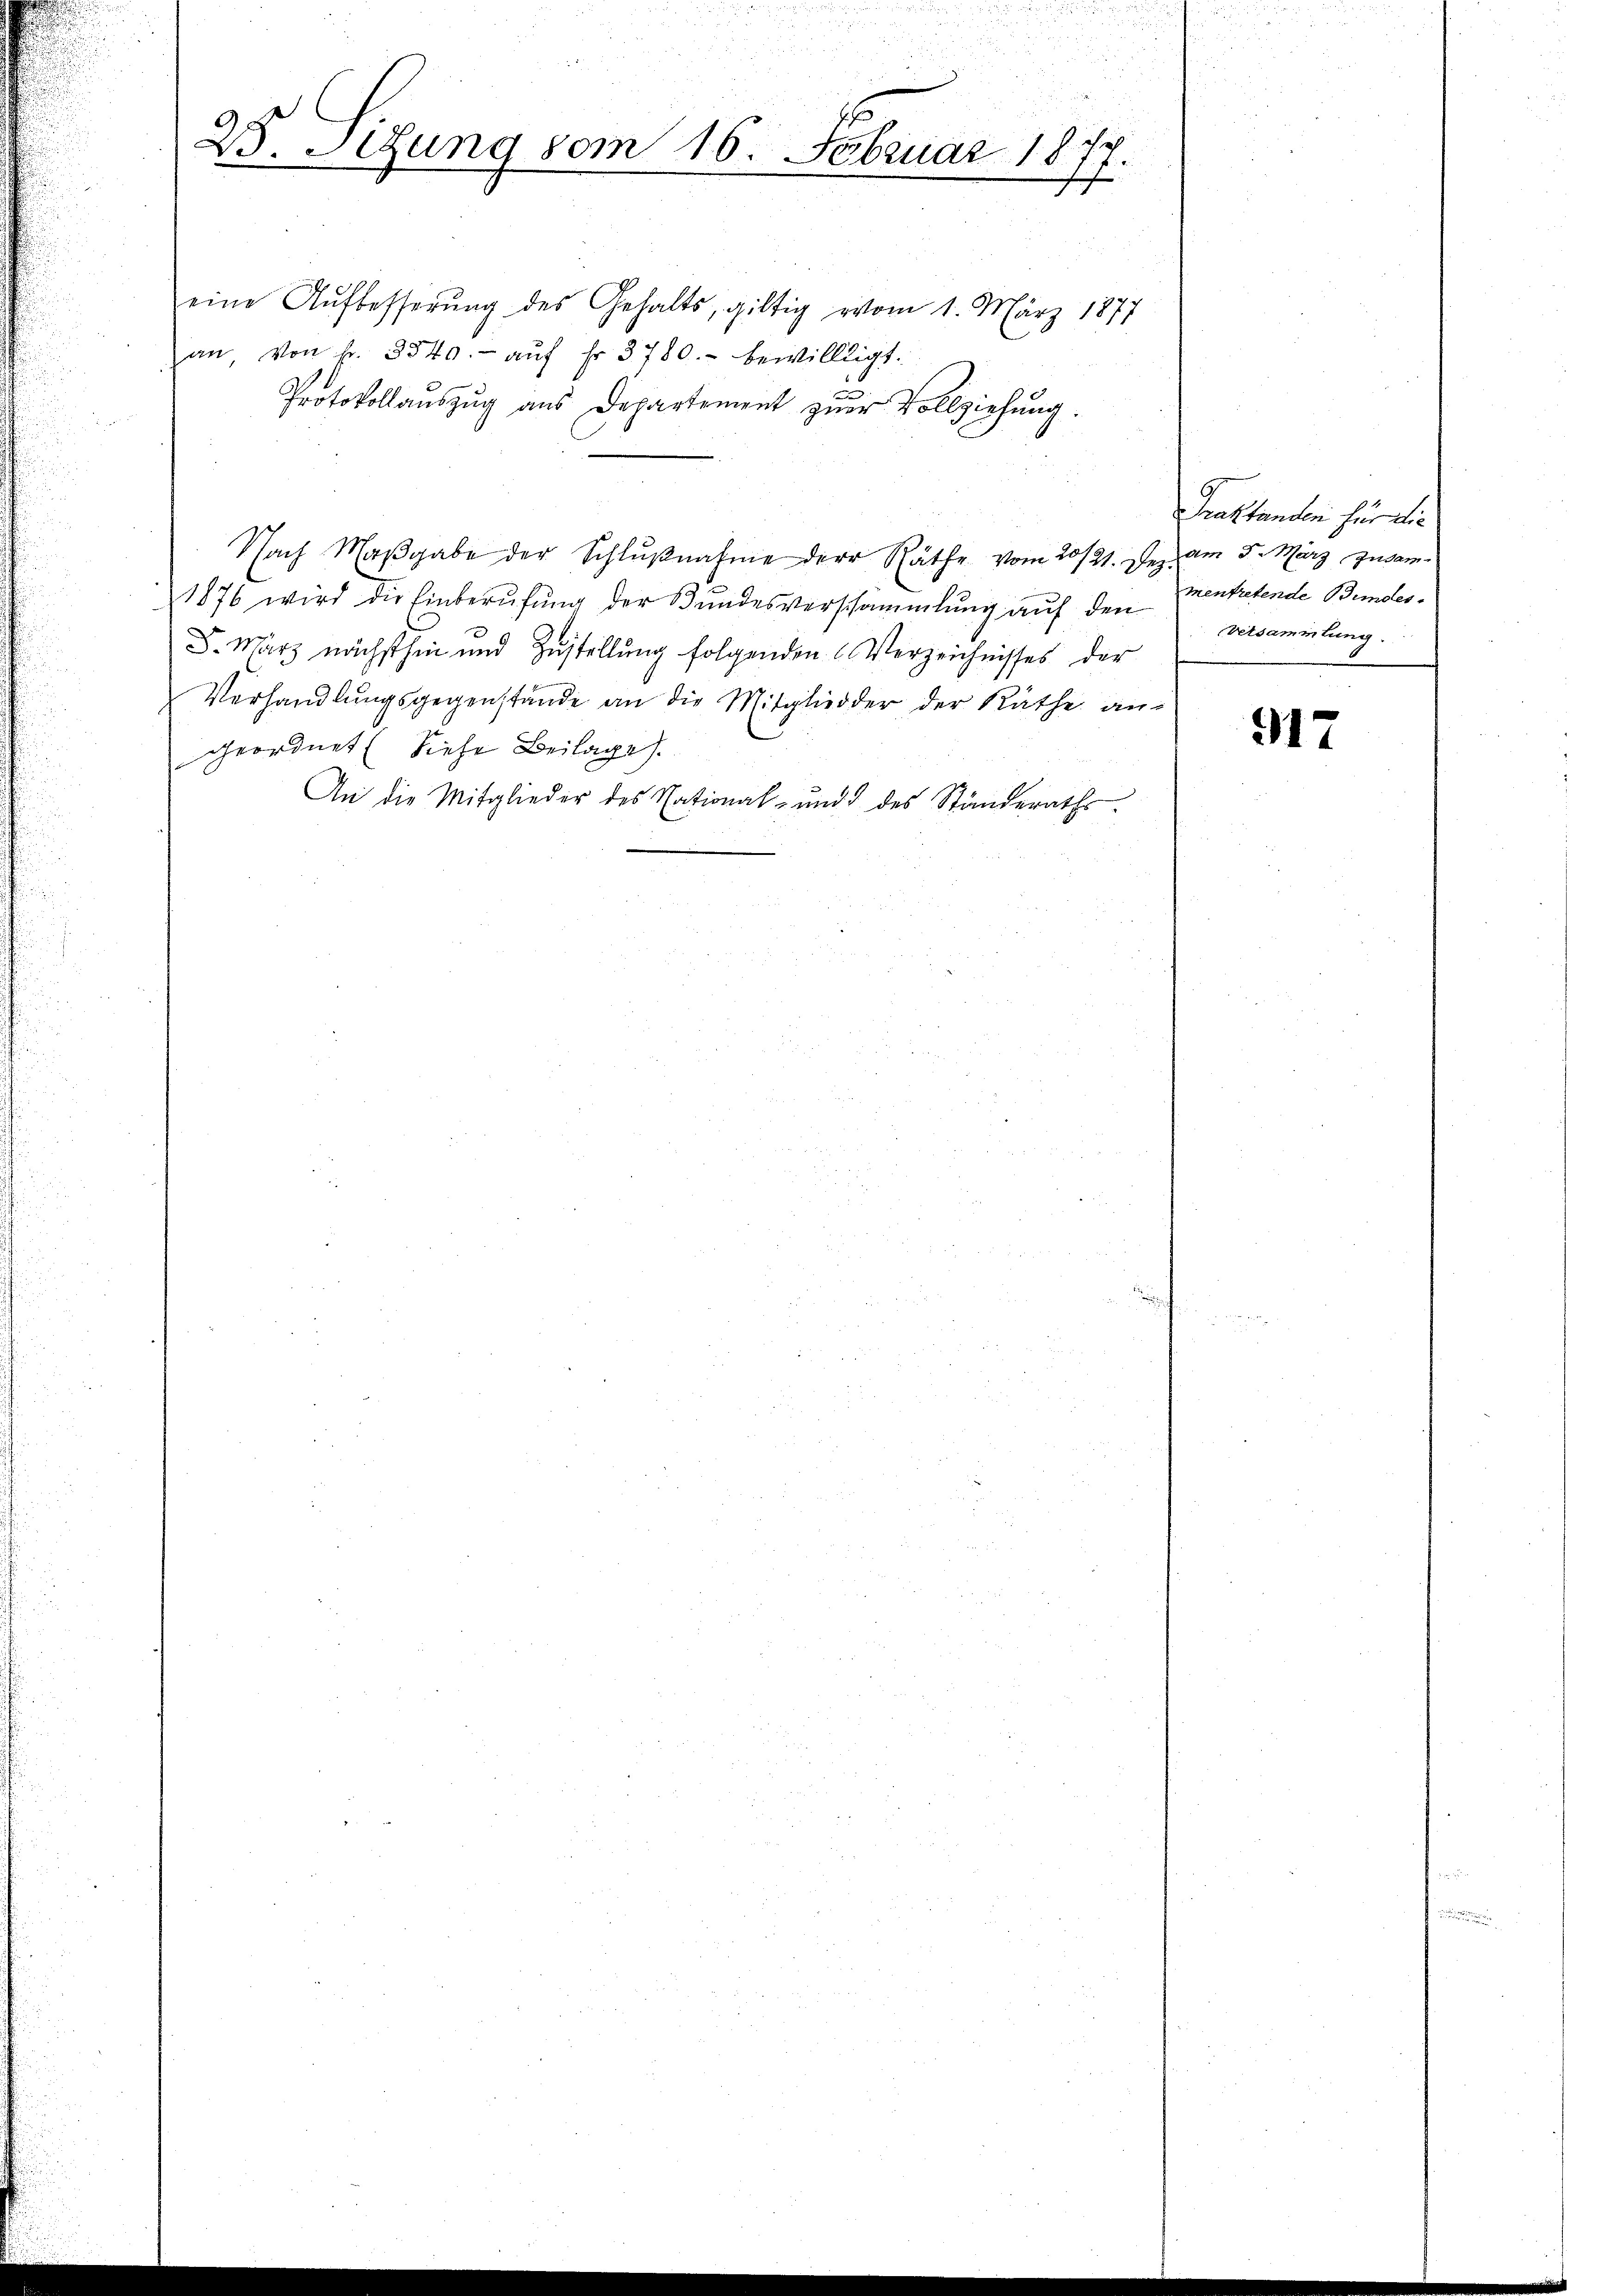
u
25. Jung vom 16. Februar 1874
f

eine Aŭfbesserŭng des Gehalts, giltig vom 1. März 1877
an, von fr. 3540.- aŭf fr. 3780.- bewilligt.
Protokollauszug aus Departement zŭr Vollziehung.
Nach Maβgabe der Schlŭβnahme der Räthe vom 20/21. Dez. am 5. März zusam¬
1876 wird die Einberŭfŭng der Bŭndesversammlung aŭf den
D. März nächsthin und Zustellung folgenden Verzeichnisses der
Verhandlŭngsgegenstände an die Mitgliedder der Räthe an-
geordnet. Siehe Beilage).
An die Mitglieder des National- und des Ständeraths

Praktanden für die
mentretende Bundes
Versammlung.

917